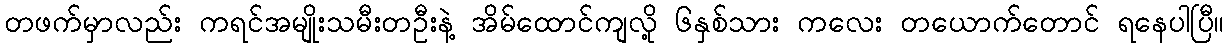
တဖက်မှာလည်း ကရင်အမျိုးသမီးတဦးနဲ့ အိမ်ထောင်ကျလို့ ၆နှစ်သား ကလေး တယောက်တောင် ရနေပါပြီ။